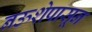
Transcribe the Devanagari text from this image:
नऊशेपासून